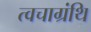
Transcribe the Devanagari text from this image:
त्वचाग्रंथि